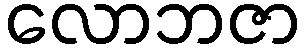
လောဘဇာ